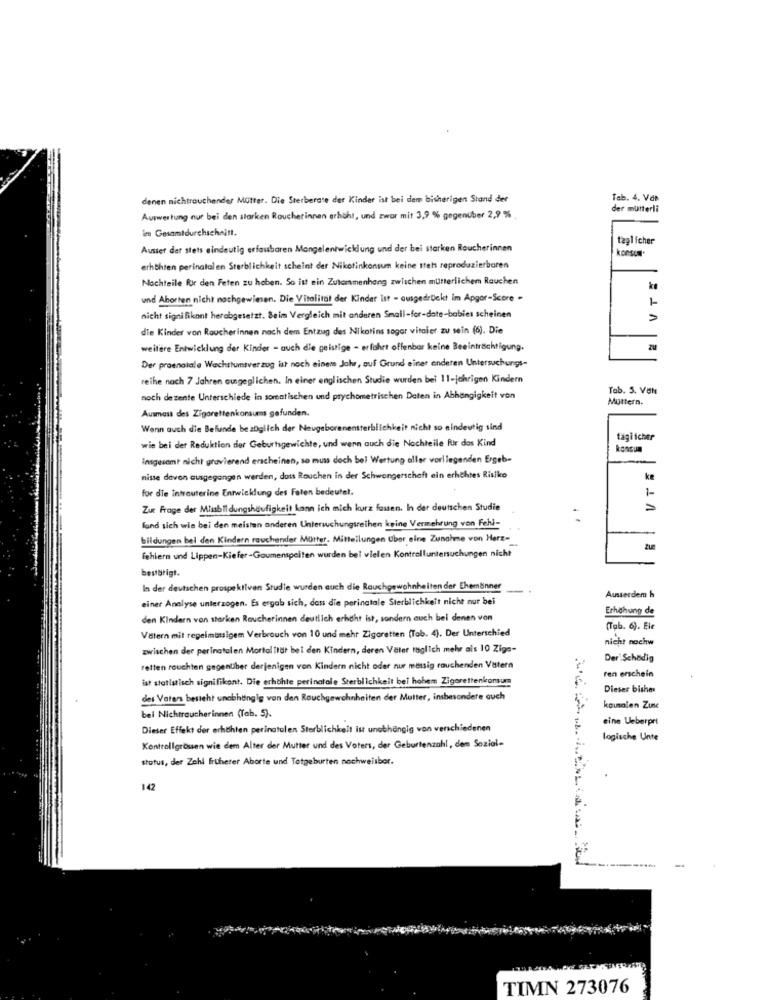
denen nichtrauchender Mutter. Die Sterberate der Kinder ist bei dem bisherigen Stand der
Tab. 4. Van
der mutterli
Auswertung nur bei den starken Roucherinnen erhöht, und zwar mit 3,9 % gegenüber 2,9 % .
im Gesamtdurchschnitt.
taglicher
Ausser der stets eindeutig erfoubaren Mangelentwicklung und der bei starken Roucherinnen
konsum*
erhthten perinatal en Sterblichkeit scheint der Nikotinkonsum keine stets reproduzierbaren
Nachteile fir den Feten zu haben. So ist ein Zutammenhang zwischen mutterlichem Rauchen
und Aborten nicht nachgewiesen. Die Vitalität der Kinder Ist - ausgedrückt im Apgor-Score -
1
nicht signifikant herabgesetzt. Seim Vergleich mit anderen Small-for-date-babies scheinen
die Kinder von Raucherinnen nach dem Entzug des Nikotins sogar vitaler zu sein (6). Die
weitere Entwicklung der Kinder - auch die geistige - erfahrt offenbar keine Beeinträchtigung.
Der proenatale Wachstumsverzug ist noch einem Jahr, auf Grund einer anderen Untersuchungs-
reihe nach 7 Jahren ausgeglichen. In einer englischen Studie wurden bei 11-jchrigen Kindern
Tab. 5. Ven
noch dezente Unterschiede in someatischen und psychometrischen Daten in Abhängigkeit von
Muttern.
Ausmass des Zigarettenkonsums gefunden.
Wenn auch die Befunde bezüglich der Neugeborenensterblichkeit nicht so eindeutig sind
täglicher
wie bei der Reduktion der Geburtsgewichte, und wenn auch die Nachteile fur das Kind
konsum
insgesamt nicht gravierend erscheinen, so muss doch bel Wertung aller vorliegenden Ergeb-
nisse davon ausgegangen werden, dass Rauchen in der Schwangerschaft ein erhöhtes Risiko
for die intrauterine Entwicklung des Falen bedeutet.
Zur Frage der Misbildungshäufigkeit kann ich mich kurz fassen. In der deutschen Studie
fond sich wie bei den meisten anderen Untersuchungsreihen keine Vermehrung von Fehl-
bildungen bel den Kindern rauchender Mütter. Mitteilungen Uber eine Zunahme von Herz-
fehlern und Lippen-Kiefer-Gaumenspelten wurden bei vielen Kontrolluntersuchungen nicht
bestbrigt.
In der deutschen prospe ktiven Studie wurden auch die Rauchgewohnheiten der Ehemänner
-
einer Analyse unterzogen. Es ergab sich, dass die perinatale Sterblichkeit nicht nur bei
Ausserdem h
Erhöhung de
den Kindern von starken Raucherinnen deutlich erhöht ist, sondern auch bei denen von
Vätern mit regelmässigem Verbrauch von 10 und mehr Zigaretten (Tab. 4). Der Unterschied
(Tab. 6). Ele
nicht nochw
zwischen der perinatalen Mortaltrut bei den Kindern, deren Väter muglich mehr als 10 Zige-
Der Schodig
retten rouchten gegenüber derjenigen von Kindern nicht oder nur messig rauchenden Vattern
ist statistisch signifikant. Die erhöhte perinatale Sterblichkeit bei hohem Zigarettenkonsum
ren erschein
Dieses bisher
des Vaters besteht unabhängig von den Rouchgewohnheiten der Mutter, insbesondere auch
bei Nichtraucherinnen (Tab. 5).
kousalen Zusc
eine Ueberprt
Dieser Effekt der erhöhten perinatolen Sterblichkeit ist unabhängig von verschiedenen
logische Unte
Kontrollgrössen wie dem Alter der Mutter und des Voters, der Geburtenzahl, dem Sozial-
status, der Zahl früherer Aborte und Totgeburten nachweisbor.
142
----
TIMN 273076